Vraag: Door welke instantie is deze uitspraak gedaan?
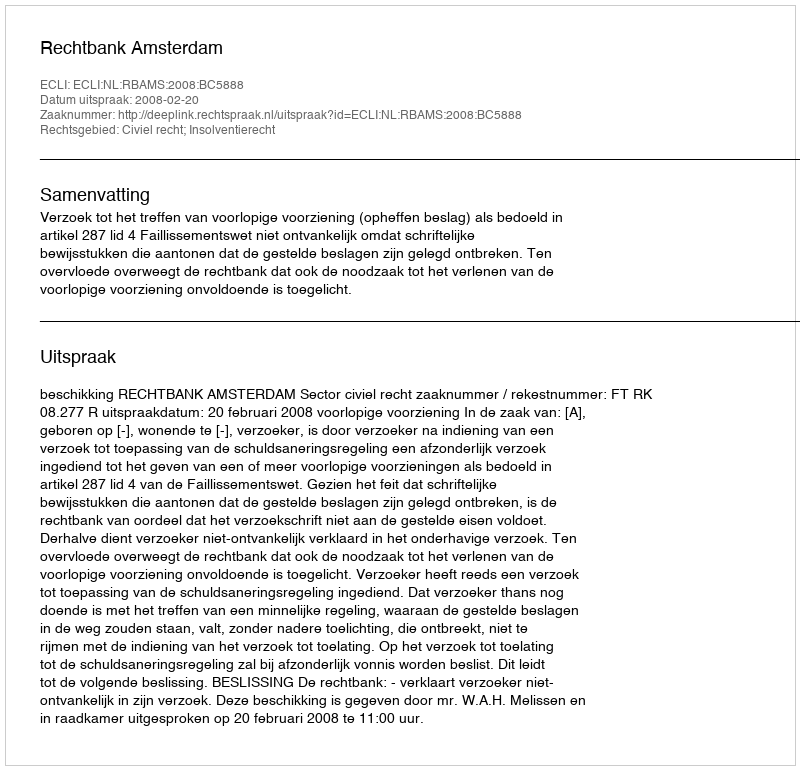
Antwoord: Rechtbank Amsterdam